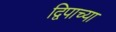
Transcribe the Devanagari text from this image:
द्विपाच्या